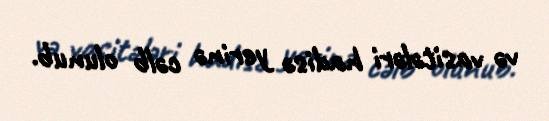
və vasitələri hadisə yerinə cəlb olunub.